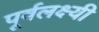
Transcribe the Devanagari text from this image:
पूर्वलक्ष्यी